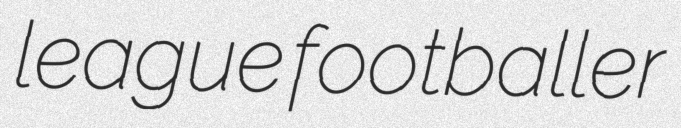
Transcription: league footballer